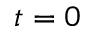
t = 0